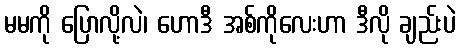
မမကို ပြောလို့လဲ၊ ဟောဒီ အစ်ကိုလေးဟာ ဒီလို ချည်းပဲ